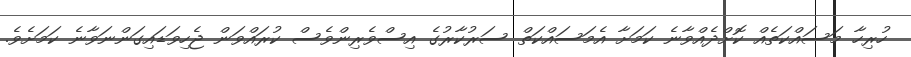
ހުރިހާ މަސައްކަތެއް ކޮށްދެއްވާނެ ކަމަށާ އެމަސައްކަތް ސަރުކާރުގެ އިސްވެރިންވެސް ކުރައްވަން ޖެހިވަޑައިގަންނަވާނެ ކަމަށެވެ.